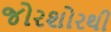
જોરશોરથી